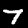
Label: 7